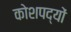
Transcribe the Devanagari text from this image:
कोशपद्यों